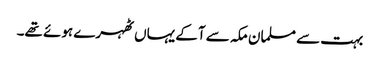
بہت سے مسلمان مکہ سے آکے یہاں ٹھہرے ہوئے تھے۔